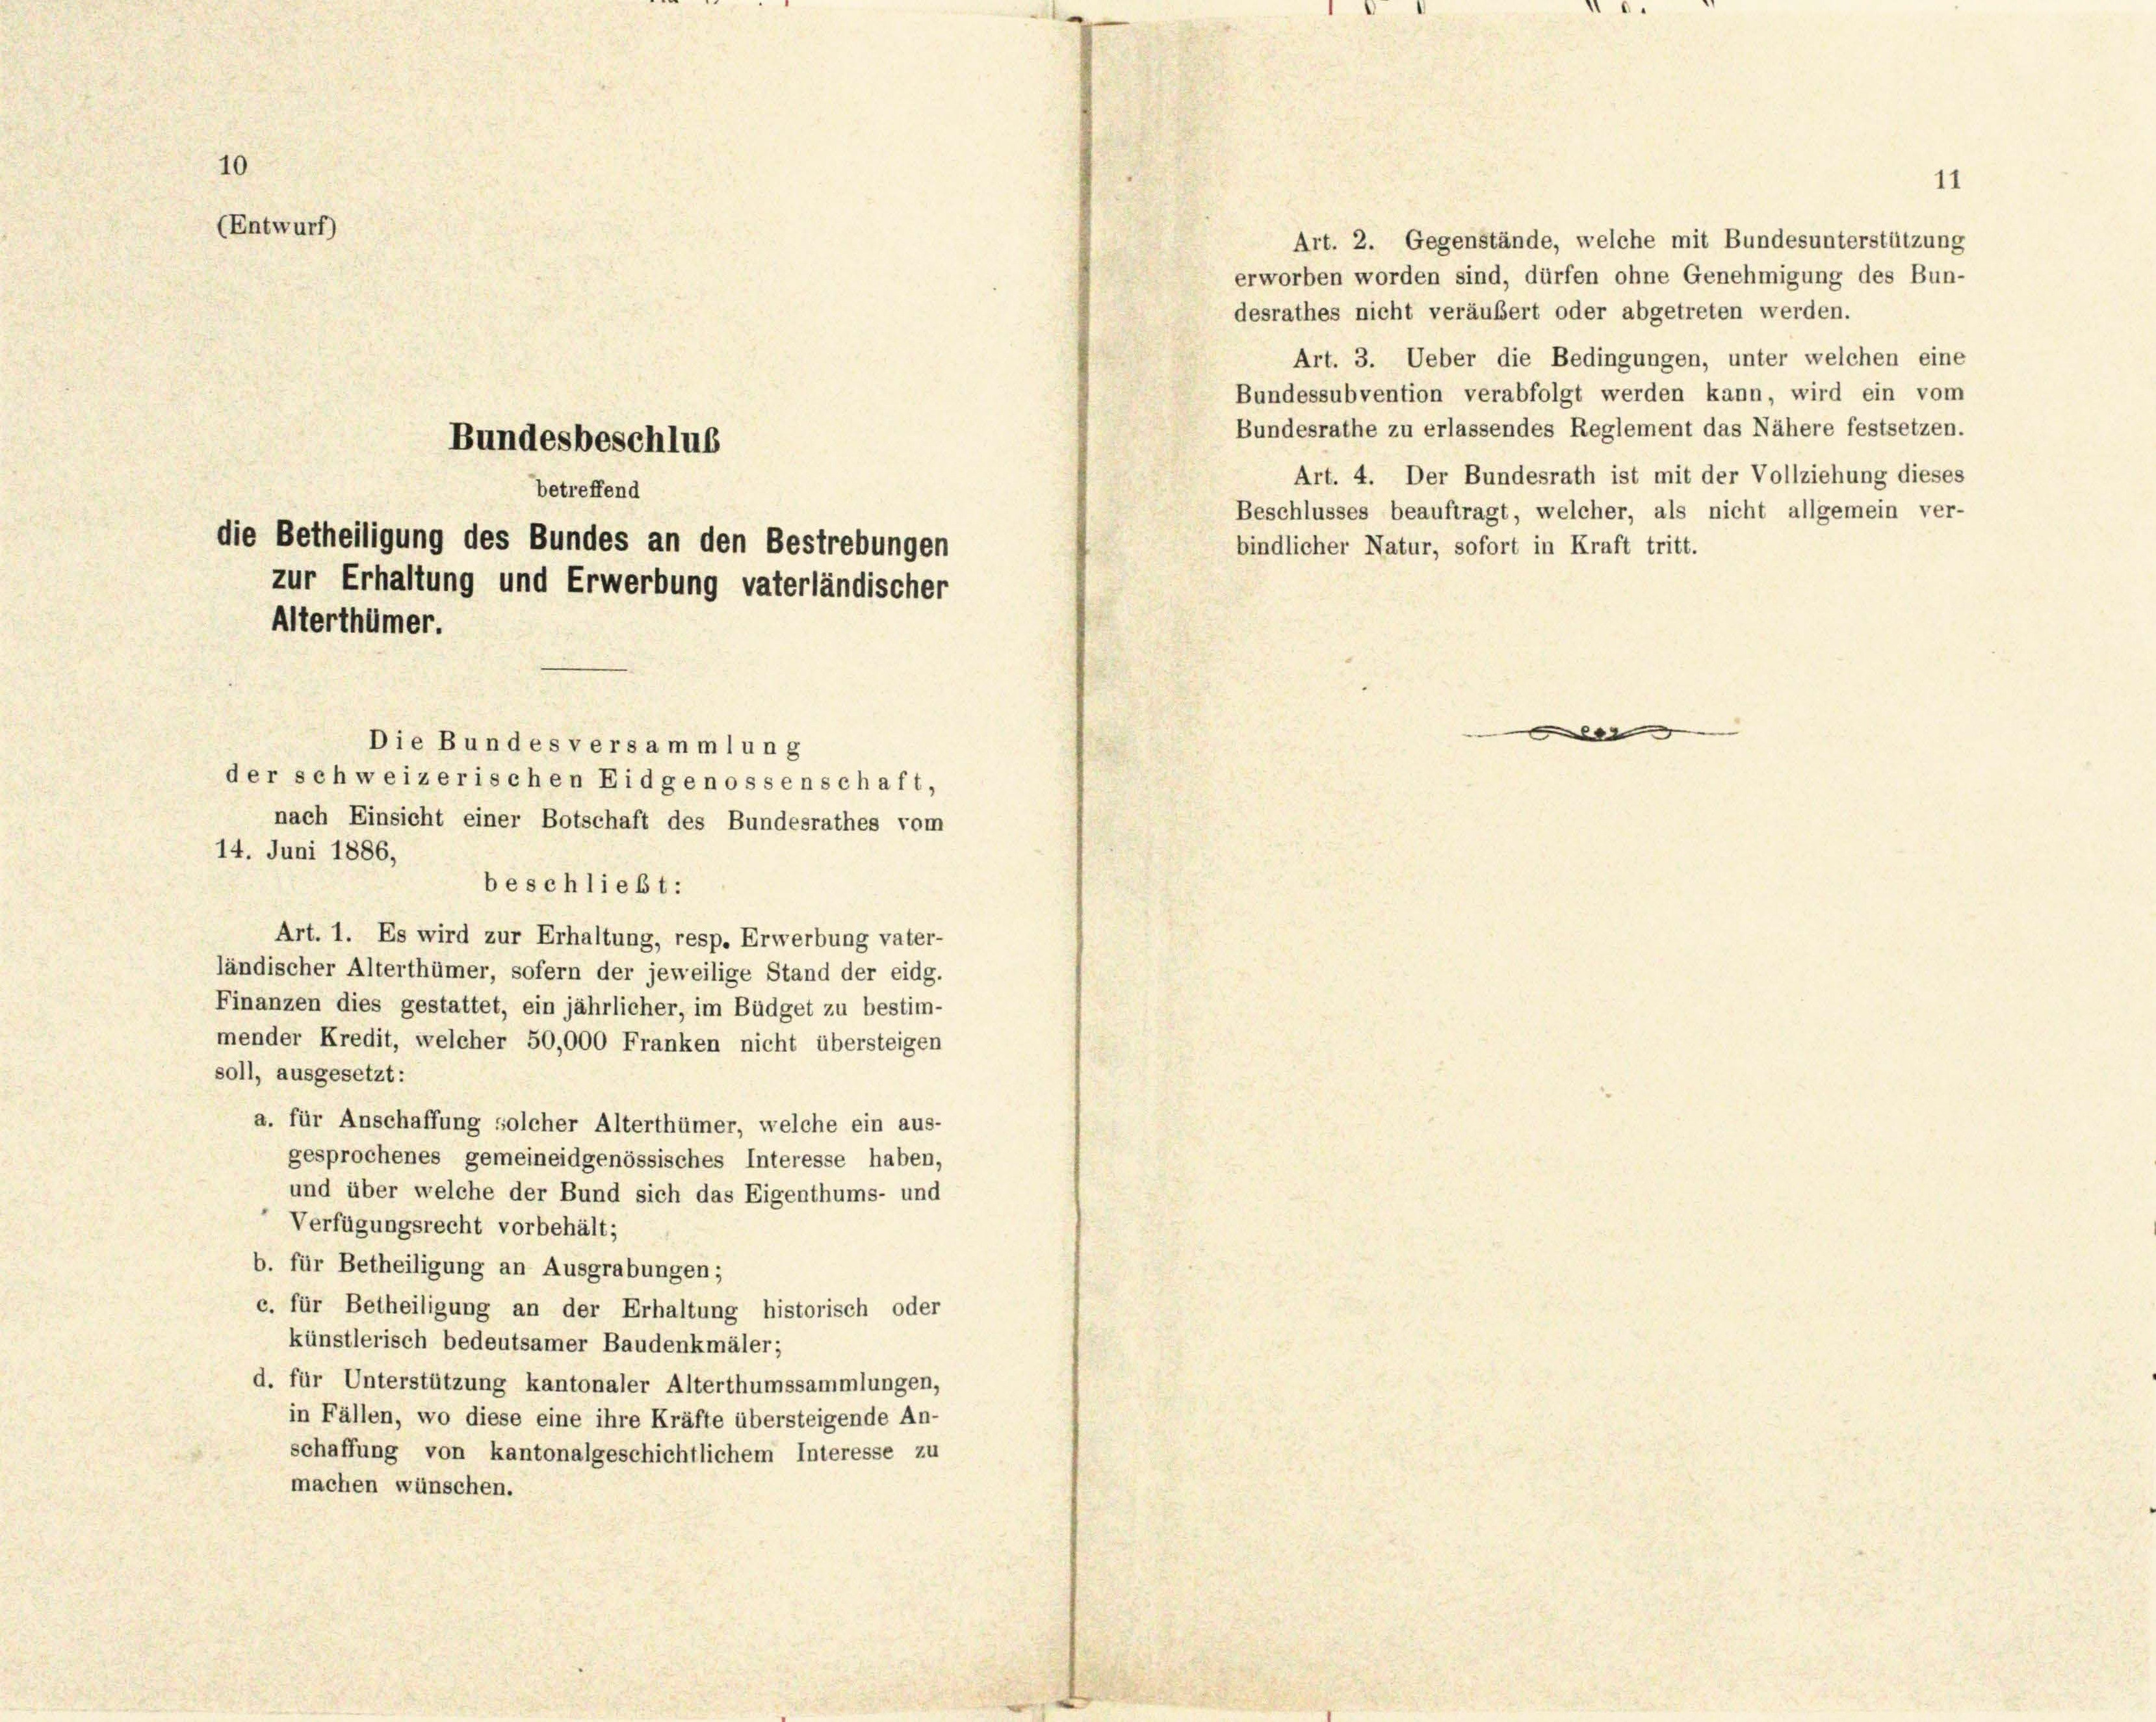
10

(Entwurf)

betreffend
die Betheiligung des Bundes an den Bestrebungen
zur Erhaltung und Erwerbung vaterländischer
Alterthümer.
Die Bundes versammlung
der schweizerischen Eidgenossenschaft,
nach Einsicht einer Botschaft des Bundesrathes vom

Bundesbeschlus

beschließt:

erworben worden sind, dürfen ohne Genehmigung des Bun-
desrathes nicht veräubert oder abgetreten werden.
Art. 3. Ueber die Bedingungen, unter welchen eine
Bundessubvention verabfolgt werden kann, wird ein vom
Bundesrathe zu erlassendes Reglement das Nähere festsetzen
Art. 4. Der Bundesrath ist mit der Vollziehung dieses
Beschlusses beauftragt, welcher, als nicht allgemein ver-
bindlicher Natur, sofort in Kraft tritt.

14. Juni 1886,
Art. 1. Es wird zur Erhaltung, resp. Erwerbung vater-
ländischer Alterthümer, sofern der jeweilige Stand der eidg.
Finanzen dies gestattet, ein jährlicher, im Büdget zu bestim-
mender Kredit, welcher 50,000 Franken nicht übersteigen
soll, ausgesetzt:
a. für Anschaffung solcher Alterthümer, welche ein aus-
gesprochenes gemeineidgenössisches Interesse haben,
und über welche der Bund sich das Eigenthums- und
Verfügungsrecht vorbehält;
b. für Betheiligung an Ausgrabungen;
c. für Betheiligung an der Erhaltung historisch oder
künstlerisch bedeutsamer Baudenkmäler;
d. für Unterstützung kantonaler Alterthumssammlungen,
in Fällen, wo diese eine ihre Kräfte übersteigende An-
schaffung von kantonalgeschichtlichem Interesse zu
machen wünschen.

Art. 2. Gegenstände, welche mit Bundesunterstützung

s

11